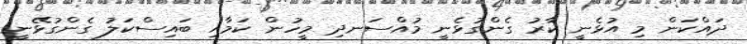
ދައްކަން މި އުޅެނީ ކާރު ގެންގުޅެނީ މުއްސަނދި މީހުން ކަމާއި ބައިސްކަލު ގެންގުޅޭނީ